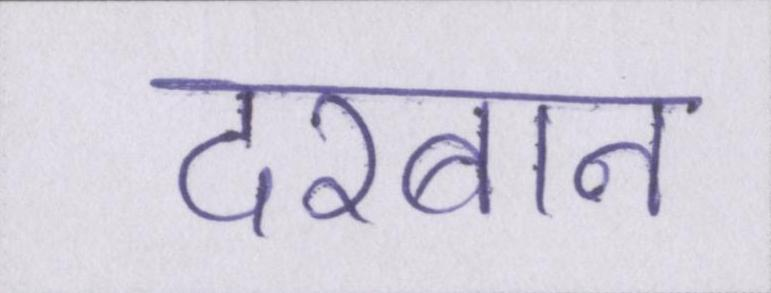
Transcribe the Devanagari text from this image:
दरबान